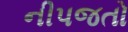
નીપજતો